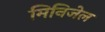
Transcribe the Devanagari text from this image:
मिनिजेल